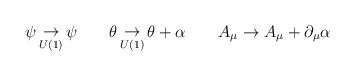
LaTeX: \begin{align*}\psi\mathop\to_{U(1)} \psi\qquad \theta\mathop\to_{U(1)}\theta + \alpha\qquad A_\mu \to A_\mu + \partial_\mu\alpha\end{align*}